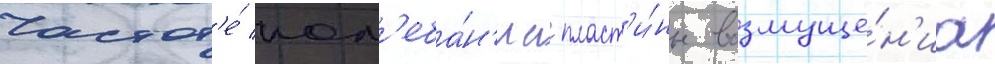
частот'е́ кол'еба́н'иа пласт'и́ны возмуще́н'иа